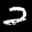
Label: 2